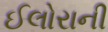
ઈલોરાની